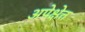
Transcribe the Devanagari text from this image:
अपेक्षेत